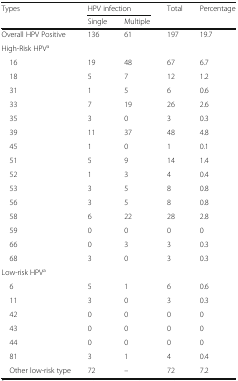
<table><thead><tr><td rowspan="2"><b>Types</b></td><td colspan="2"><b>HPV infection</b></td><td rowspan="2"><b>Total</b></td><td rowspan="2"><b>Percentage</b></td></tr><tr><td><b>Single</b></td><td><b>Multiple</b></td></tr></thead><tbody><tr><td>Overall HPV Positive</td><td>136</td><td>61</td><td>197</td><td>19.7</td></tr><tr><td colspan="5">High-Risk HPV<sup>a</sup></td></tr><tr><td> 16</td><td>19</td><td>48</td><td>67</td><td>6.7</td></tr><tr><td> 18</td><td>5</td><td>7</td><td>12</td><td>1.2</td></tr><tr><td> 31</td><td>1</td><td>5</td><td>6</td><td>0.6</td></tr><tr><td> 33</td><td>7</td><td>19</td><td>26</td><td>2.6</td></tr><tr><td> 35</td><td>3</td><td>0</td><td>3</td><td>0.3</td></tr><tr><td> 39</td><td>11</td><td>37</td><td>48</td><td>4.8</td></tr><tr><td> 45</td><td>1</td><td>0</td><td>1</td><td>0.1</td></tr><tr><td> 51</td><td>5</td><td>9</td><td>14</td><td>1.4</td></tr><tr><td> 52</td><td>1</td><td>3</td><td>4</td><td>0.4</td></tr><tr><td> 53</td><td>3</td><td>5</td><td>8</td><td>0.8</td></tr><tr><td> 56</td><td>3</td><td>5</td><td>8</td><td>0.8</td></tr><tr><td> 58</td><td>6</td><td>22</td><td>28</td><td>2.8</td></tr><tr><td> 59</td><td>0</td><td>0</td><td>0</td><td>0</td></tr><tr><td> 66</td><td>0</td><td>3</td><td>3</td><td>0.3</td></tr><tr><td> 68</td><td>3</td><td>0</td><td>3</td><td>0.3</td></tr><tr><td colspan="5">Low-risk HPV<sup>a</sup></td></tr><tr><td> 6</td><td>5</td><td>1</td><td>6</td><td>0.6</td></tr><tr><td> 11</td><td>3</td><td>0</td><td>3</td><td>0.3</td></tr><tr><td> 42</td><td>0</td><td>0</td><td>0</td><td>0</td></tr><tr><td> 43</td><td>0</td><td>0</td><td>0</td><td>0</td></tr><tr><td> 44</td><td>0</td><td>0</td><td>0</td><td>0</td></tr><tr><td> 81</td><td>3</td><td>1</td><td>4</td><td>0.4</td></tr><tr><td> Other low-risk type</td><td>72</td><td>–</td><td>72</td><td>7.2</td></tr></tbody></table>